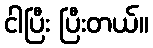
ငါပြီး ပြီးတယ်။